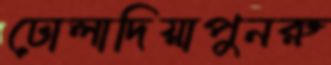
ঢোলাদিয়াপুনরু